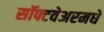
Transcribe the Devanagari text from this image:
सॉफ्टवेअरमधे